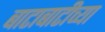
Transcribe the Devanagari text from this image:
बाटाबाटीच्या